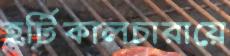
হর্টিকালচারায়ে